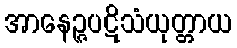
အာနေဉ္ဇပဋိသံယုတ္တာယ